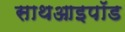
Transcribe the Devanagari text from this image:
साथआइपॉड